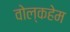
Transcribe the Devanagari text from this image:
वोल्कहेम